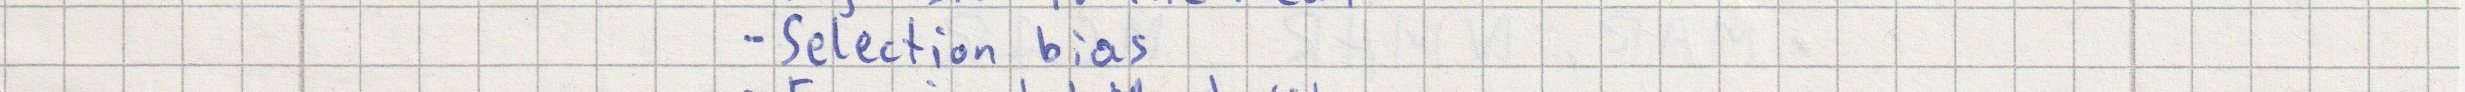
- Selection bias